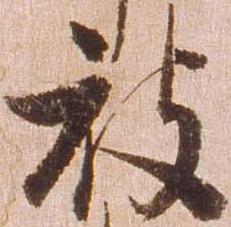
被